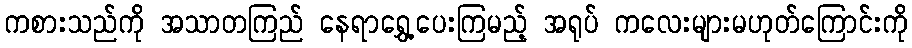
ကစားသည်ကို အသာတကြည် နေရာရွှေ့ပေးကြမည့် အရုပ် ကလေးများမဟုတ်ကြောင်းကို